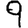
Digit: 9